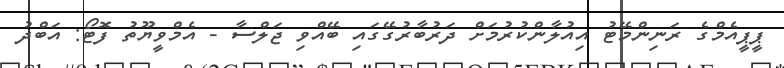
ޕީޕީއެމްގެ ރަނިންމޭޓު އިއުލާންކުރުމަށް ދަރުބާރުގޭގައި ބޭއްވި ޖަލްސާ - އެމްވީޔޫތު ފޮޓޯ: އަބްދު